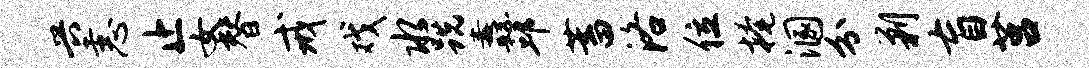
兴恚止女替戒戏水跣纛邱蓄洛位掩溷分剿盲莒